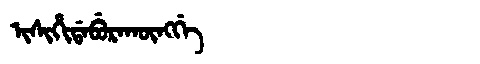
Manchu: ᡳᠰᡳᡥᡳᡩᠠᠪᡠᡵᠠᡴᡡᠩᡤᡝ
Romanization: ISIHIDABURAKŪNGGE